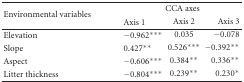
<table><thead><tr><td rowspan="2"><b>Environmental variables</b></td><td colspan="3"><b>CCA axes</b></td></tr><tr><td><b>Axis 1</b></td><td><b>Axis 2</b></td><td><b>Axis 3</b></td></tr></thead><tbody><tr><td>Elevation</td><td>−0.962***</td><td>0.035</td><td>−0.078</td></tr><tr><td>Slope</td><td>0.427**</td><td>0.526***</td><td>−0.392**</td></tr><tr><td>Aspect</td><td>−0.606***</td><td>0.384**</td><td>0.336**</td></tr><tr><td>Litter thickness</td><td>−0.804***</td><td>0.239**</td><td>0.230*</td></tr></tbody></table>